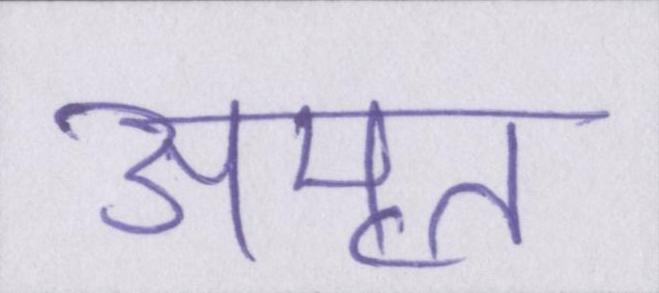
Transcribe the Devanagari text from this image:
अमृत